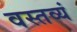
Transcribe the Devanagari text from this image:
वस्तव्यं